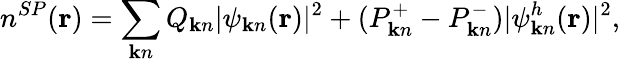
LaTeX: n^{SP}({\mathbf r})=\sum_{{\mathbf k}n}Q_{{\mathbf k}n}|\psi_{{\mathbf k}n}({\mathbf r})|^{2}+(P_{{\mathbf k}n}^{+}-P_{{\mathbf k}n}^{-})|\psi_{{\mathbf k}n}^{h}({\mathbf r})|^{2},